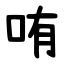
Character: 哊